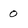
Character: 0